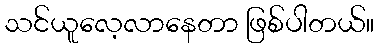
သင်ယူလေ့လာနေတာ ဖြစ်ပါတယ်။